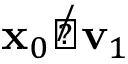
\mathbf { x } _ { 0 } \not \perp \mathbf { v } _ { 1 }